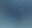
كل